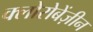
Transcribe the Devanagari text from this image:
क्लोरोबेंज़ीन